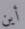
أين